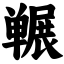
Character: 冁